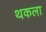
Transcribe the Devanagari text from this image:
थकला